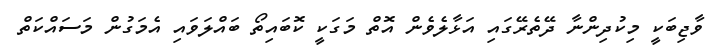
ވާޖިބަކީ މިކުދިންނާ ދޭތެރޭގައި އަޅާލެވެން އޮތް މަގަކީ ކޮބައިތޯ ބައްލަވައި އެމަގުން މަސައްކަތް